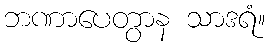
ဘဏာပေတွာန သာဒရံ။